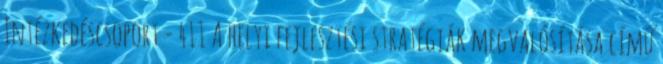
Intézkedéscsoport - 411 A helyi fejlesztési stratégiák megvalósítása című